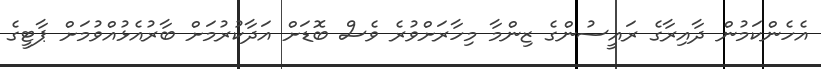
އެހެންކަމުން ދާއިރާގެ ރައީސުންގެ ޒިންމާ މިހާރަށްވުރެ ވެސް ބޮޑަށް އަދާކުރުމަށް ބާރުއެޅުއްވުމަށް ޕާޓީގެ